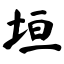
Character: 垣